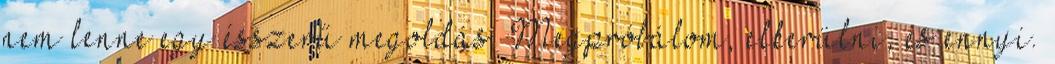
nem lenne egy ésszerű megoldás. Megpróbálom, elkerülni, és ennyi.